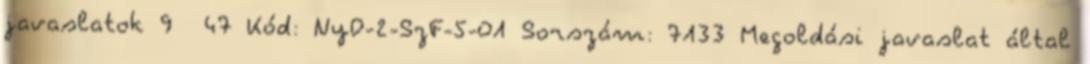
javaslatok 9 47 Kód: NyD-2-SzF-5-01 Sorszám: 7133 Megoldási javaslat által